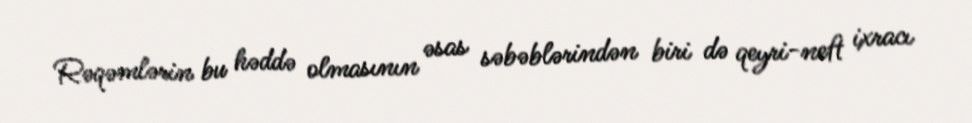
Rəqəmlərin bu həddə olmasının əsas səbəblərindən biri də qeyri-neft ixracı